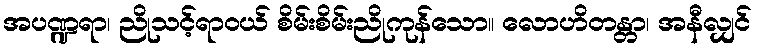
အပဏ္ဍရာ၊ ညိုသင့်ရာဝယ် စိမ်းစိမ်းညိုကုန်သော။ လောဟိတန္တာ၊ အနီလျှင်